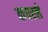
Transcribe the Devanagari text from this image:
कचरले